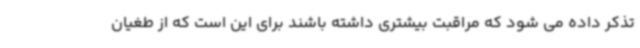
تذکر داده می شود که مراقبت بیشتری داشته باشند برای این است که از طغیان